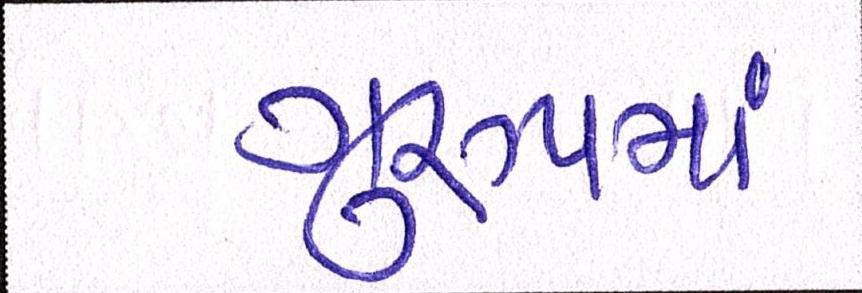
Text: ગુ્રપમાં